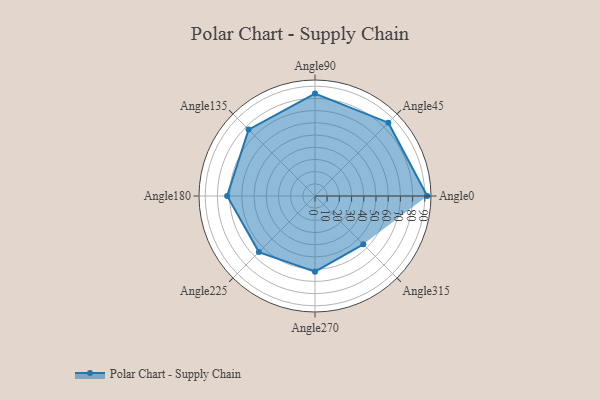
{"axis": {"x": "Angle", "y": "Radius"}, "legend": [""], "data": [{"x": "Angle0", "y": 92.0, "type": ""}, {"x": "Angle45", "y": 85.0, "type": ""}, {"x": "Angle90", "y": 84.0, "type": ""}, {"x": "Angle135", "y": 77.0, "type": ""}, {"x": "Angle180", "y": 72.0, "type": ""}, {"x": "Angle225", "y": 65.0, "type": ""}, {"x": "Angle270", "y": 62.0, "type": ""}, {"x": "Angle315", "y": 56.0, "type": ""}]}